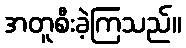
အတူစီးခဲ့ကြသည်။